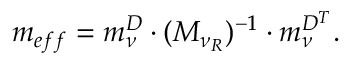
m _ { e f f } = m _ { \nu } ^ { D } \cdot ( M _ { \nu _ { R } } ) ^ { - 1 } \cdot m _ { \nu } ^ { D ^ { \normalsize T } } .